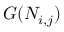
G ( N _ { i , j } )